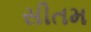
સીતમ